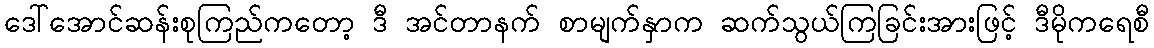
ဒေါ်အောင်ဆန်းစုကြည်ကတော့ ဒီ အင်တာနက် စာမျက်နှာက ဆက်သွယ်ကြခြင်းအားဖြင့် ဒီမိုကရေစီ